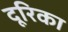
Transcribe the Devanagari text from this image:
दूरिका